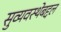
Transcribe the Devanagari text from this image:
सुव्यवस्थेबद्दल